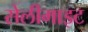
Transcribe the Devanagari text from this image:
सेलीमाइट